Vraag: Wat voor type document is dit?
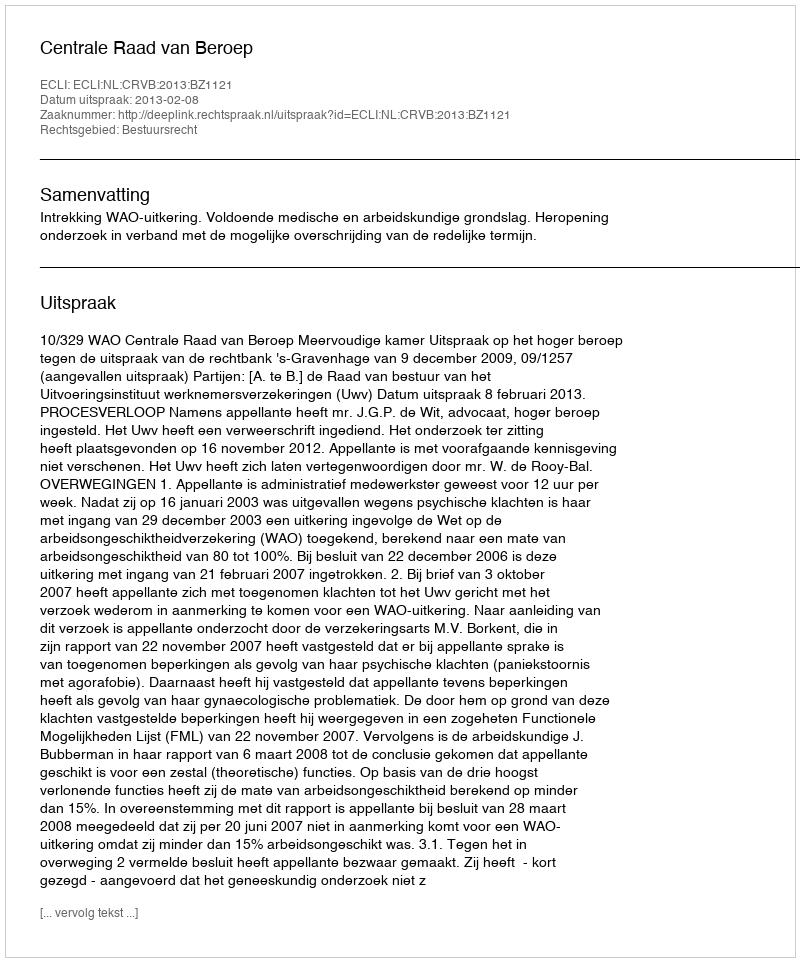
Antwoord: Uitspraak